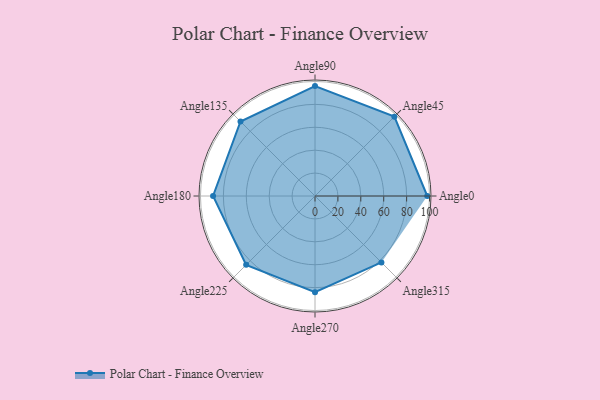
{"axis": {"x": "Angle", "y": "Radius"}, "legend": [""], "data": [{"x": "Angle0", "y": 98.0, "type": ""}, {"x": "Angle45", "y": 98.0, "type": ""}, {"x": "Angle90", "y": 96.0, "type": ""}, {"x": "Angle135", "y": 92.0, "type": ""}, {"x": "Angle180", "y": 89.0, "type": ""}, {"x": "Angle225", "y": 85.0, "type": ""}, {"x": "Angle270", "y": 84.0, "type": ""}, {"x": "Angle315", "y": 82.0, "type": ""}]}